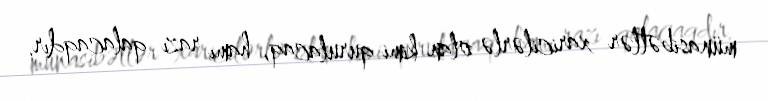
münasibətlər xaricilərlə olan kimi qurulacaq, hamı razı qalacaqdır.